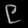
Digit: ၉